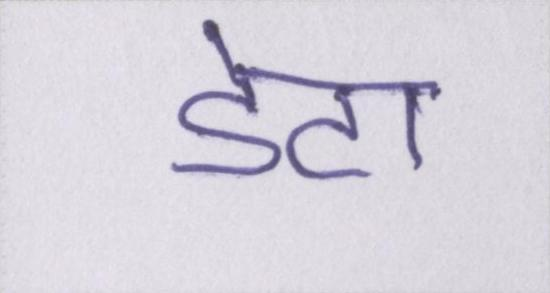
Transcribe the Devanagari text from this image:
डेटा